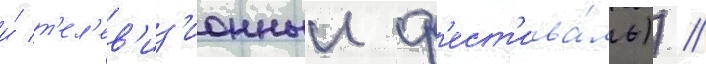
и́ т'ел'ев'из'ионныи ф'ест'ива́ль)) //